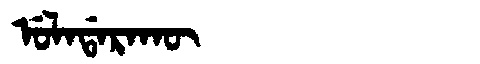
Manchu: ᡠᠯᠠᡩᠠᡵᠠᡴᡡ
Romanization: ULADARAKŪ